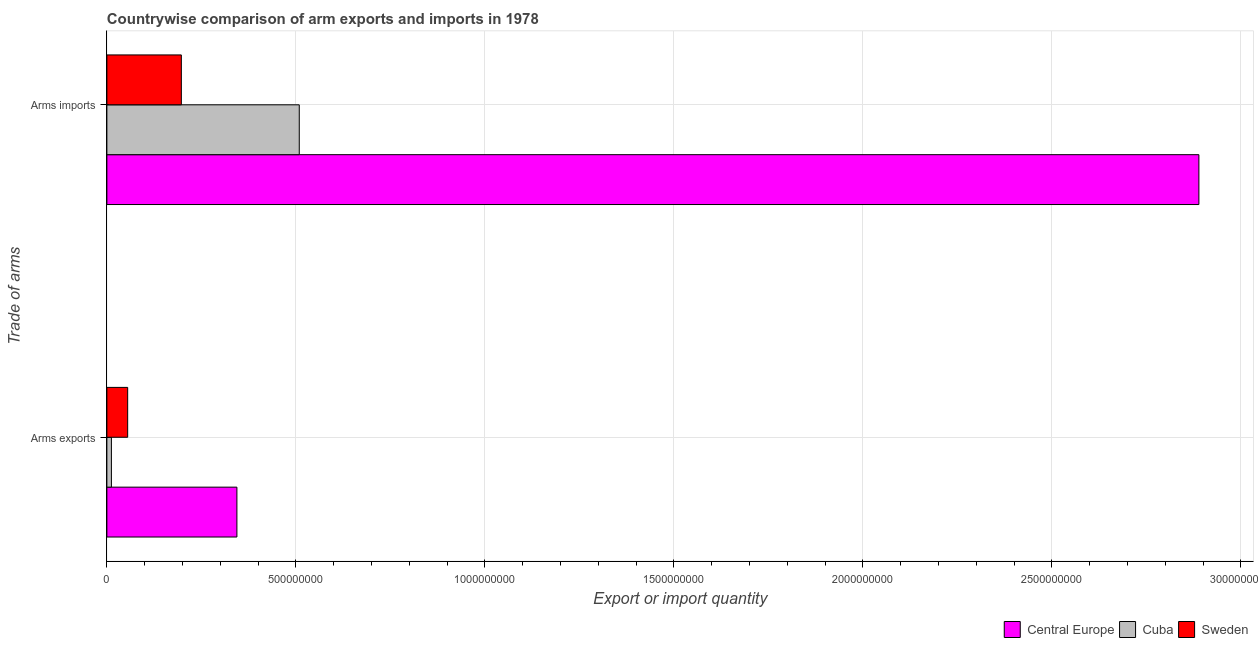
| Trade of arms | Central Europe | Cuba | Sweden |
 | --- | --- | --- | --- |
 | Arms exports | 3.44e+08 | 1.2e+07 | 5.5e+07 |
 | Arms imports | 2.89e+09 | 5.09e+08 | 1.97e+08 |